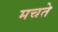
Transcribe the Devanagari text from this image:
मचते